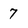
Character: 7